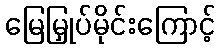
မြေမြှုပ်မိုင်းကြောင့်